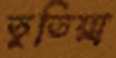
তুতিয়া